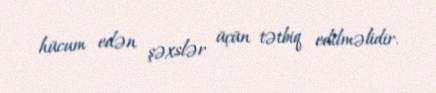
hücum edən şəxslər üçün tətbiq edilməlidir.